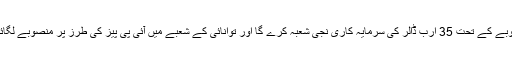
راہداری منصوبے کے تحت 35 ارب ڈالر کی سرمایہ کاری نجی شعبہ کرے گا اور توانائی کے شعبے میں آئی پی پیز کی طرز پر منصوبے لگائے جائیں گے۔